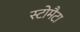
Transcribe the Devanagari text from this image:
स्टोमैटा